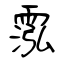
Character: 霐